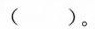
( )。